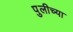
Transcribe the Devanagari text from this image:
पुलीच्या